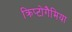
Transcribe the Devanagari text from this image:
क्रिप्टोगैमिया